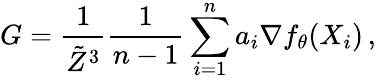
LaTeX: G=\frac{1}{\tilde{Z}^{3}}\frac 1{n-1}\sum_{i=1}^{n}a_{i}\nabla f_{\theta}(X_{i})\, ,